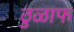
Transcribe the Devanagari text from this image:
ठुळाफ